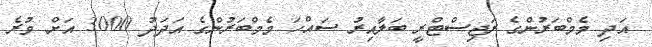
އަދި މެމްބަރުންގެ ރަޖިސްޓްރީ ބަލާއިރު ސައްހަ މެމްބަރުންގެ އަދަދު 3000 އަށް ވުރެ